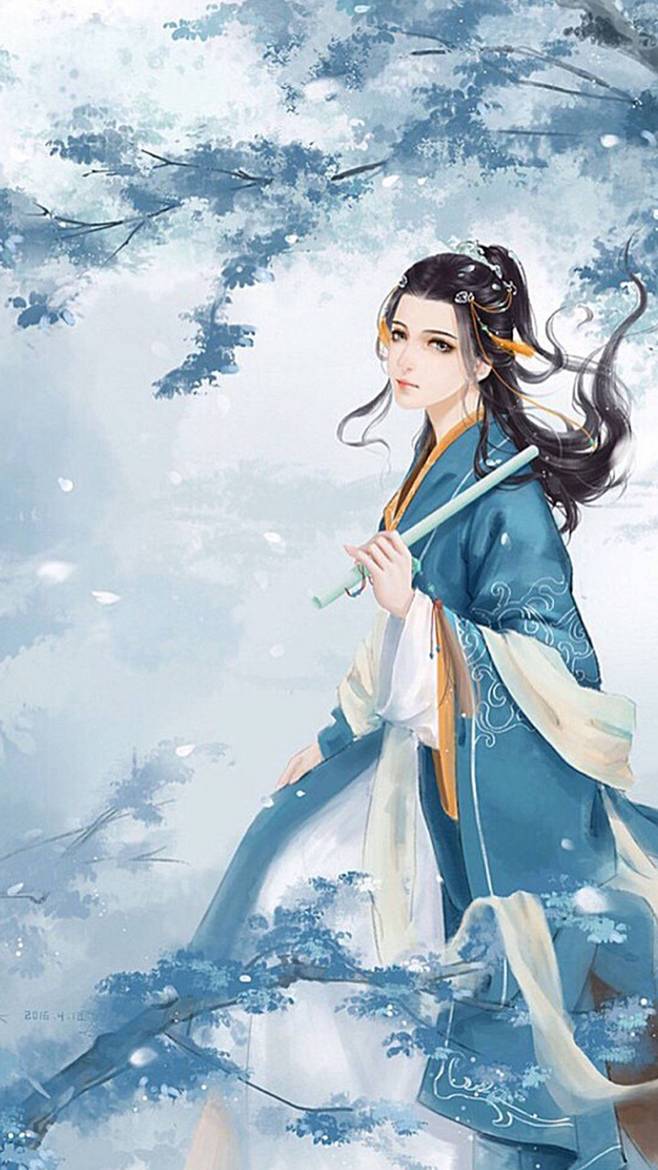
多情却似总无情，唯觉樽前笑不成。